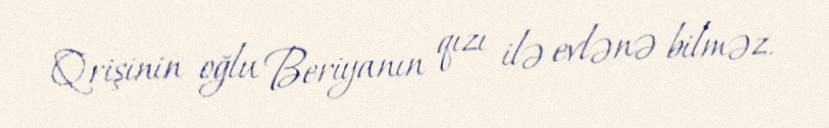
Qrişinin oğlu Beriyanın qızı ilə evlənə bilməz.